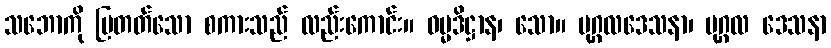
သဘောကို ပြတတ်သော စကားသည် လည်းကောင်း။ ဓမ္မဒိဋ္ဌာန၊ သော။ ပုဂ္ဂလဒေသနာ၊ ပုဂ္ဂလ ဒေသနာ